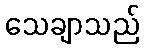
သေချာသည်